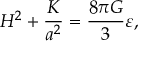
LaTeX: H ^ { 2 } + \frac { K } { a ^ { 2 } } = \frac { 8 \pi G } { 3 } \varepsilon ,